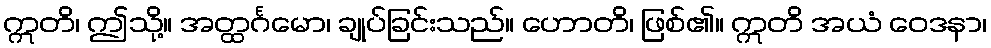
ဣတိ၊ ဤသို့။ အတ္ထင်္ဂမော၊ ချုပ်ခြင်းသည်။ ဟောတိ၊ ဖြစ်၏။ ဣတိ အယံ ဝေဒနာ၊